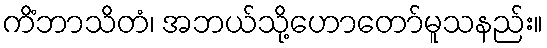
ကိံဘာသိတံ၊ အဘယ်သို့ဟောတော်မူသနည်း။